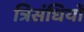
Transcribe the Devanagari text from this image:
त्रिसंधियों